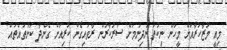
މިއީ މުޒާހަރާއަށް މީހުން ނިކުތަ ނުދިނުމަށް ސަރުކާރުން ރާވައިގެން ކުރިއަށް ގެންދާ ކަންތައްތައް"